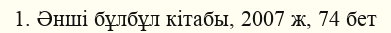
1. Әнші бұлбұл кітабы, 2007 ж, 74 бет